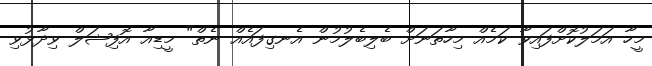
މީހާ އަމަލުކޮށްފައިވާ ކަމެއް މިހާތަނަށް ބެލިބެލުމުން އެނގިފައެއް ނެތް" މީޑިއާ އޮފިޝަލް ވިދާޅުވި